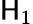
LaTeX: \mathsf{H}_{1}